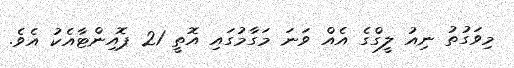
މިވަގުތު ނިއު ލީގްގެ އެއް ވަނަ މަގާމުގައި އޮތީ 21 ޕޮއިންޓާއެކު އެވެ.